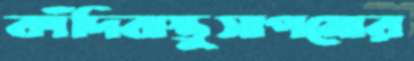
কাঁদিবাস্তুসাপমোর